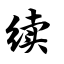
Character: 续